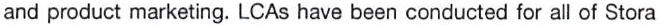
and product marketing. LCAs have been conducted for all of Stora